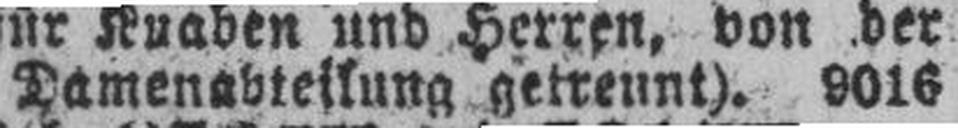
Damenabteilung getreunt). 9016